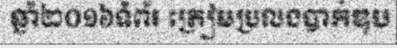
ឆ្នាំ២០១៦ទំព័រ ត្រៀមប្រលងបាក់ឌុប